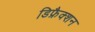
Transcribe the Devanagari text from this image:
डिफ्रैक्शन